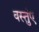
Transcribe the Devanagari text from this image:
वस्तुंए